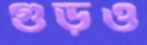
গুড়ও